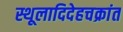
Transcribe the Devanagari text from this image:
स्थूलादिदेहचक्रांत